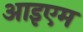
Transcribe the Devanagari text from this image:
आइएम